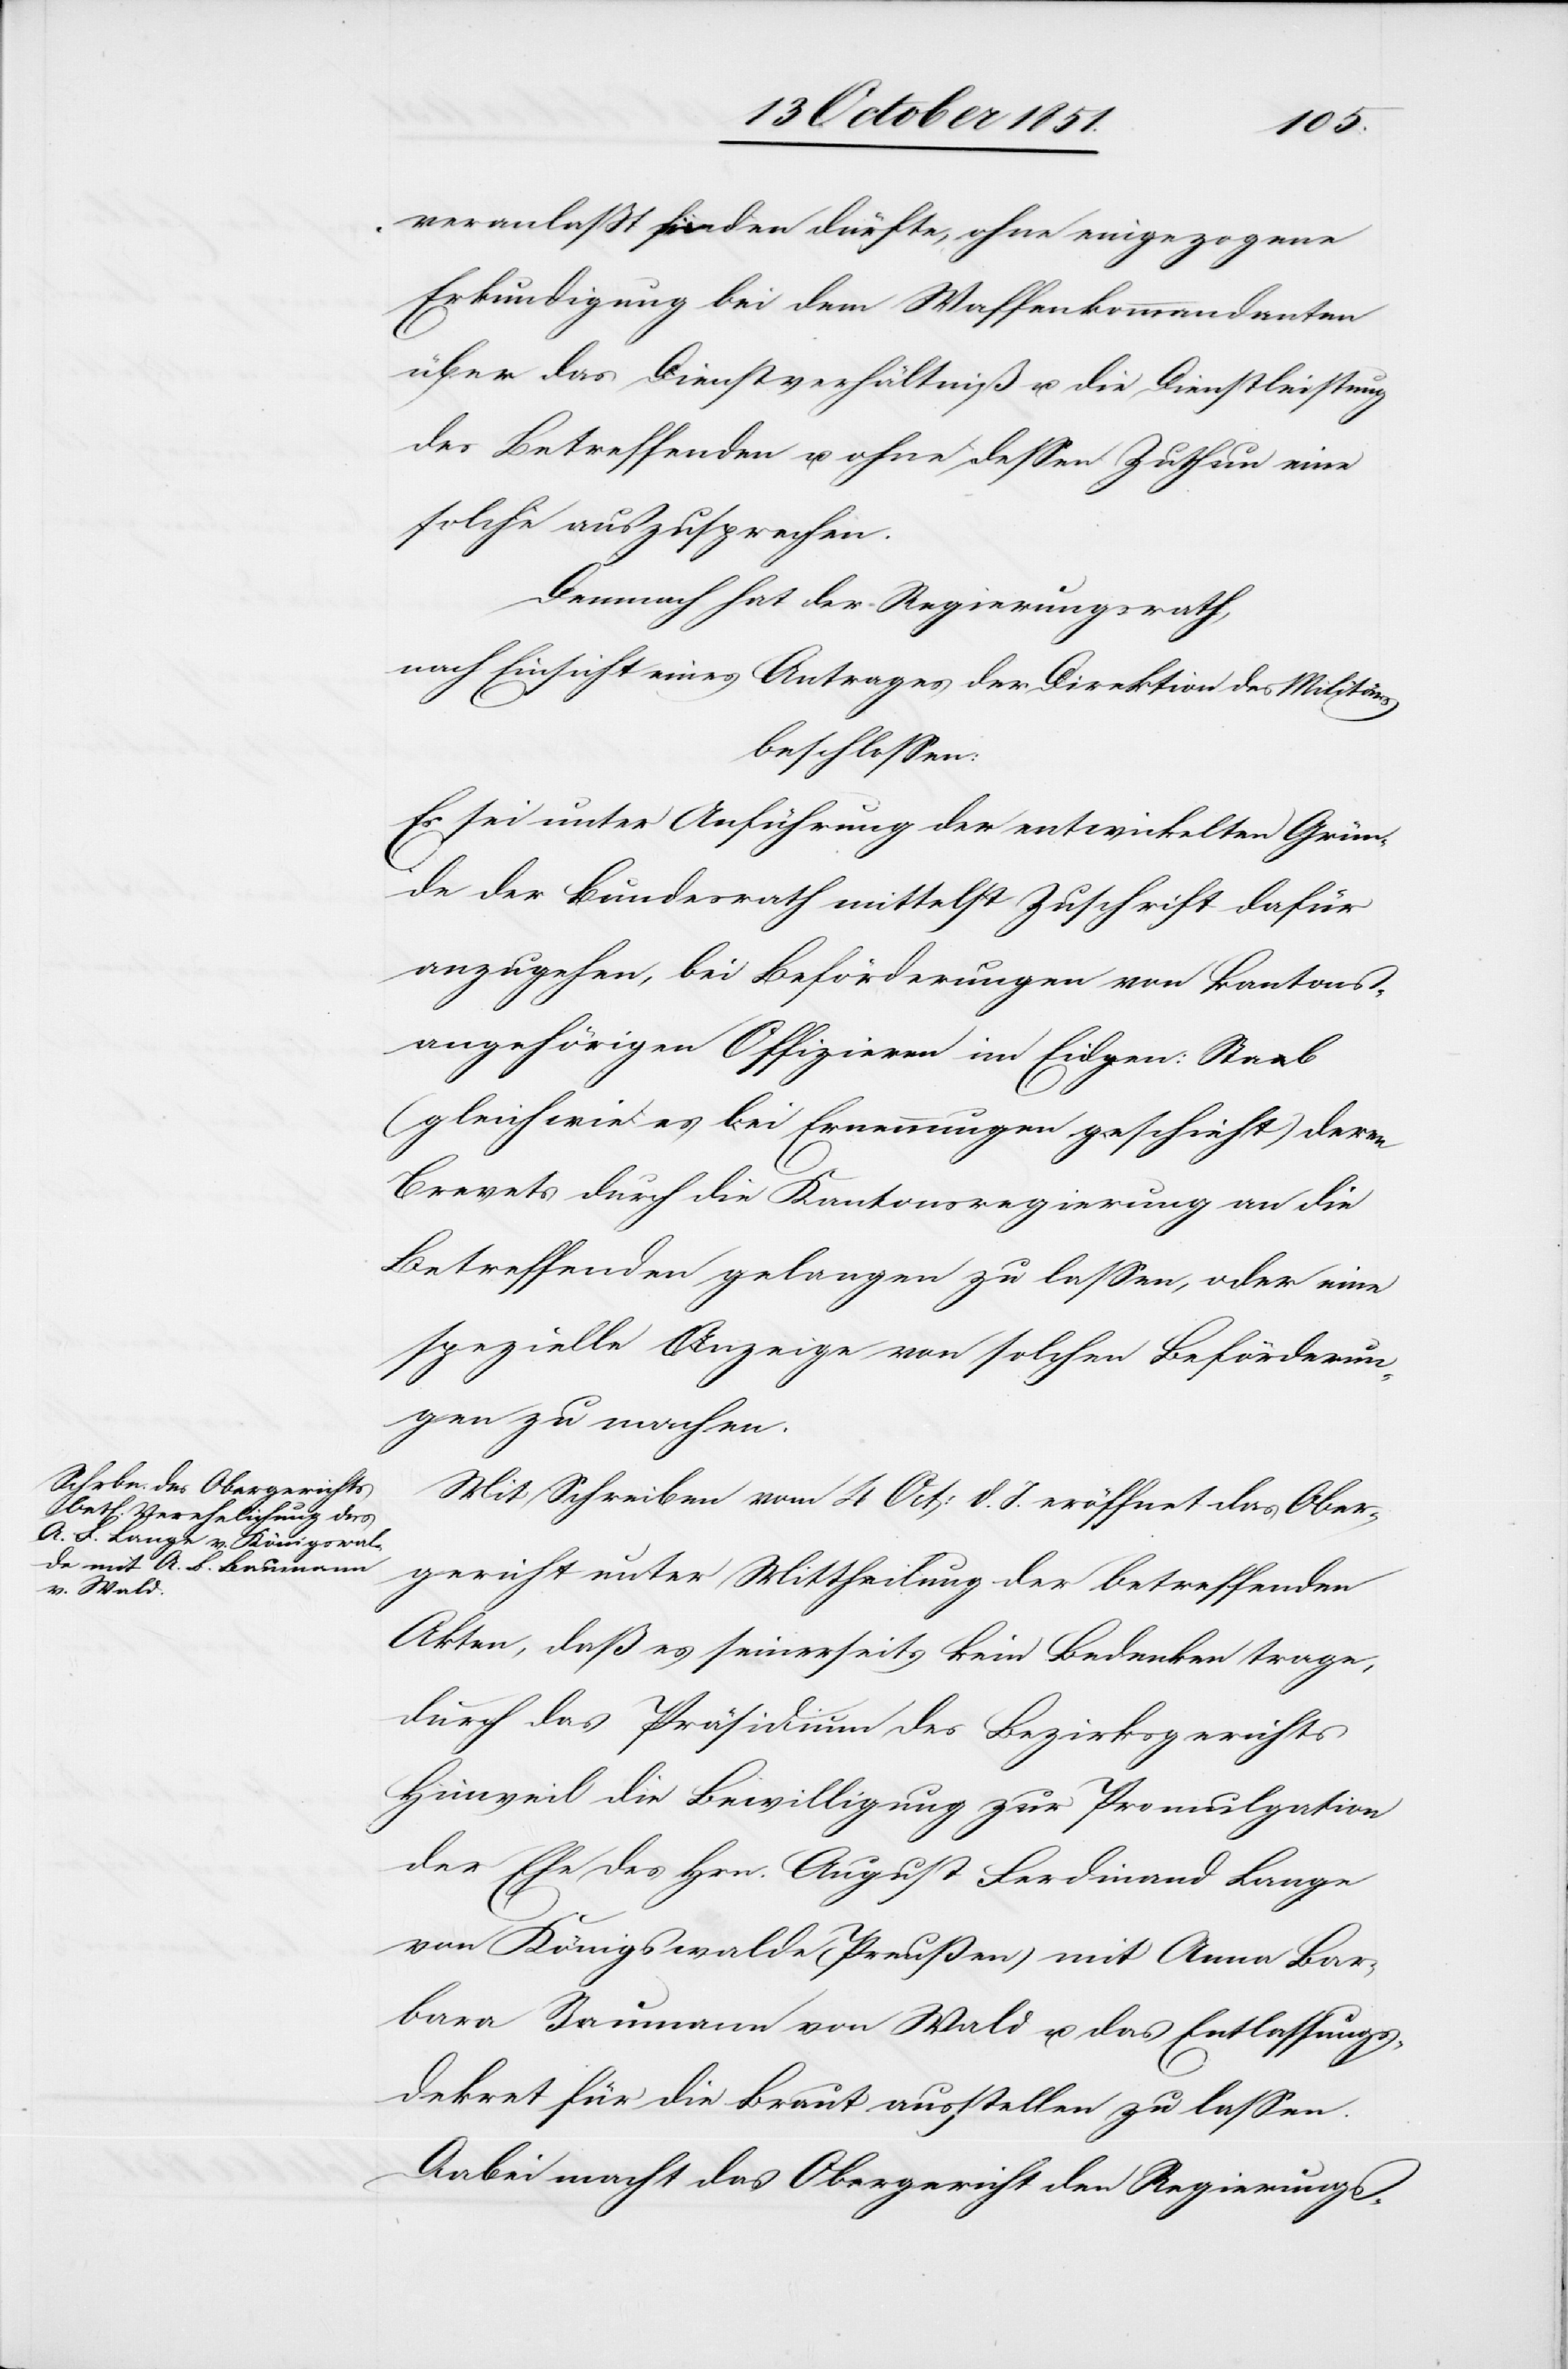
veranlaßt finden dürfte, ohne eingezogene
Erkundigung bei dem Waffenkommandanten
über das Dienstverhältniß u. die Dienstleistung
des Betreffenden u. ohne dessen Zuthun eine
solche auszusprechen.
Demnach hat der Regierungsrath,
nach Einsicht eines Antrages der Direktion des Militärs
beschlossen:
Es sei unter Anführung der entwickelten Grün¬
de der Bundesrath mittelst Zuschrift dafür
anzugehen, bei Beförderungen von Kantons¬
angehörigen Offizieren im Eidgen: Staab
(gleich wie es bei Ernennungen geschieht) deren
Brevets durch die Kantonsregierung an die
Betreffenden gelangen zu lassen, oder eine
spezielle Anzeige von solchen Beförderun¬
gen zu machen.
Mit Schreiben vom 4 Oct: d. J. eröffnet das Ober¬
gericht unter Mittheilung der betreffenden
Akten, daß es seinerseits kein Bedenken trage,
durch das Präsidium des Bezirksgerichts
Hinweil die Bewilligung zur Promulgation
der Ehe des Hrn. August Ferdinand Lange
von Königswalde (Preußen) mit Anna Bar¬
bara Baumann von Wald u. das Entlassungs¬
dekret für die Braut ausstellen zu lassen.
Dabei macht das Obergericht den Regierungs-